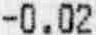
-0.02